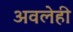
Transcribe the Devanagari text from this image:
अवलेही